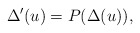
\begin{align*}\Delta'(u)=P(\Delta(u)),\end{align*}